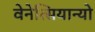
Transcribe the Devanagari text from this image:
वेनेत्सियान्यो